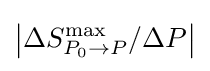
\left|\Delta {S}_{{P}_{0}\to P}^{\max }/\Delta P\right|